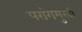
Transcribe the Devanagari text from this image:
परांगमुखी